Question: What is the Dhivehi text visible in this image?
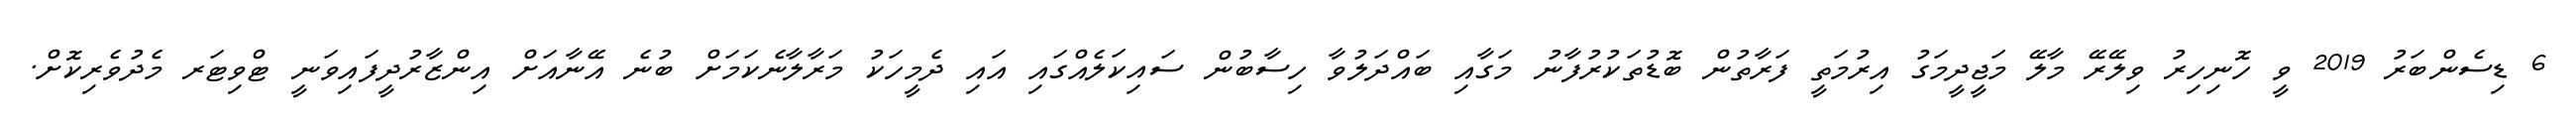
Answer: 6 ޑިސެންބަރު 2019 ވީ ހޮނިހިރު ވިލޭރޭ މާލޭ މަޖީދީމަގު އިރުމަތީ ފަރާތުން ބޮޑުތަކުރުފާނު މަގާއި ބައްދަލުވާ ހިސާބުން ސައިކަލެއްގައި އައި ދެމީހަކު މަރާލާނެކަމަށް ބުނެ އޭނާއަށް އިންޒާރުދީފައިވަނީ ޓްވިޓަރ މެދުވެރިކޮށް.